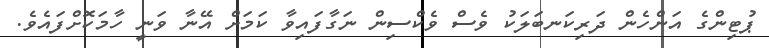
ޕުޓިންގެ އަންހެން ދަރިކަނބަލަކު ވެސް ވެކްސިން ނަގާފައިވާ ކަމަށް އޭނާ ވަނީ ހާމަކޮށްފައެވެ.